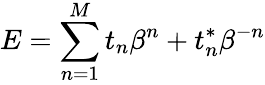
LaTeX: E=\sum_{n=1}^{M}t_{n}\beta^{n}+t_{n}^{\ast}\beta^{-n}